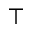
\top